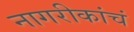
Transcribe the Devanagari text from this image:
नागरीकांचं